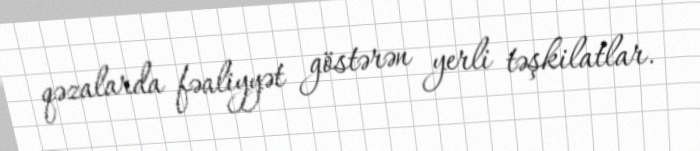
qəzalarda fəaliyyət göstərən yerli təşkilatlar.